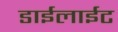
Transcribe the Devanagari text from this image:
डाईलाईट